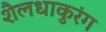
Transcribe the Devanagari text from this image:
शैलधाकुरंग